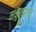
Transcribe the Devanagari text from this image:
मधुसारत्य